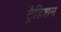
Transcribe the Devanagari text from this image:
ट्रैडिशन